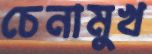
চেনামুখ